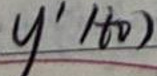
$y'(t_0)$